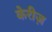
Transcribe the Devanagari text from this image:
केरीज़